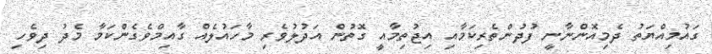
ގައުމިއްޔަތު ދެމިއޮންނާނީ ފުދުންތެރިކަމާއި އިޖުތިމާއީ ގޮތުން އަދުލުވެރި މާހައުލެއް ގާއިމްވެގެންކަމާ މެދު ދިވެހި